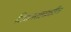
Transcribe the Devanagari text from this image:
विकासाकडील